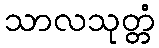
သာလသုတ္တံ